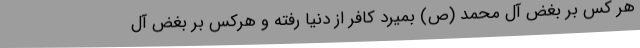
هر کس بر بغض آل محمد (ص) بمیرد کافر از دنیا رفته و هرکس بر بغض آل